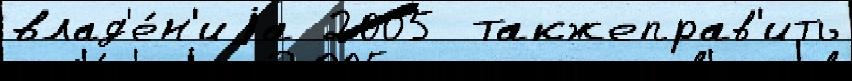
влад'е́н'иjа 2005  такжеправ'ить